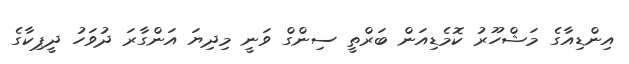
އިންޑިއާގެ މަޝްހޫރު ކޮމެޑިއަން ބަރްތީ ސިންގް ވަނީ މިދިޔަ އަންގާރަ ދުވަހު ދީޕިކާގެ